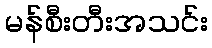
မန်စီးတီးအသင်း